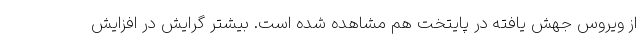
از ویروس جهش یافته در پایتخت هم مشاهده شده است. بیشتر گرایش در افزایش